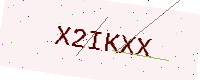
Text: X2IKXX